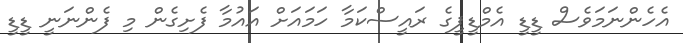
އެހެންނަމަވެސް ޑީޑީ އެމްޑީޕީގެ ރައީސްކަމާ ހަމައަށް އައުމާ ފެށިގެން މި ފެންނަނީ ޑީޑީ